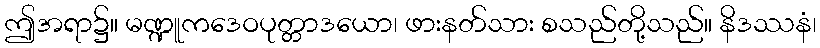
ဤအရာ၌။ မဏ္ဍူကဒေဝပုတ္တာဒယော၊ ဖားနတ်သား စသည်တို့သည်။ နိဒဿနံ၊